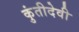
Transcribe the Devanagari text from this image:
कुंतीदेवी